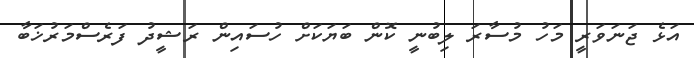
އަޅެ ޖަނަވަރީ މަހު މުސާރަ ލިބުނީ ކޮން ބަޔަކަށް ހުސައިން ރަޝީދު ފަރެސްމަރުޚަބާ